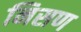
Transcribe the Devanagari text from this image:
निसण